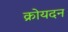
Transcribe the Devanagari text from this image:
क्रोयदन